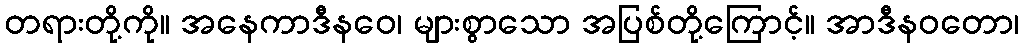
တရားတို့ကို။ အနေကာဒီနဝေ၊ များစွာသော အပြစ်တို့ကြောင့်။ အာဒီနဝတော၊